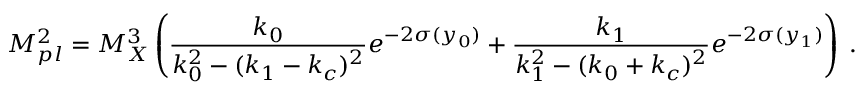
M _ { p l } ^ { 2 } = { M _ { X } ^ { 3 } } \left( { \frac { k _ { 0 } } { \displaystyle { k _ { 0 } ^ { 2 } - ( k _ { 1 } - k _ { c } ) ^ { 2 } } } } e ^ { - 2 \sigma ( y _ { 0 } ) } + { \frac { k _ { 1 } } { \displaystyle { k _ { 1 } ^ { 2 } - ( k _ { 0 } + k _ { c } ) ^ { 2 } } } } e ^ { - 2 \sigma ( y _ { 1 } ) } \right) ~ . ~ \,